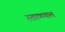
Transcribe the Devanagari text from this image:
रताळ्यात